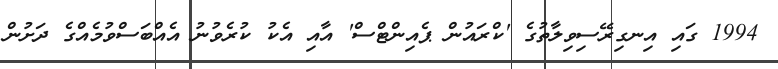
1994 ގައި އިނގިރޭސިވިލާތުގެ 'ކްރައުން ޕެއިންޓްސް' އާއި އެކު ކުރެވުނު އެއްބަސްވުމެއްގެ ދަށުން